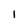
Character: 1